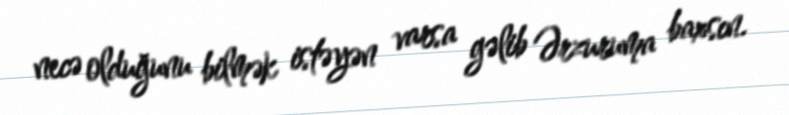
necə olduğunu bilmək istəyən varsa gəlib Ərzuruma baxsın.